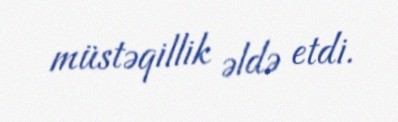
müstəqillik əldə etdi.